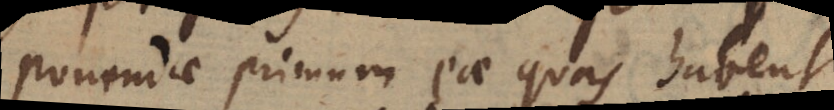
ponendae primum eae quas habent